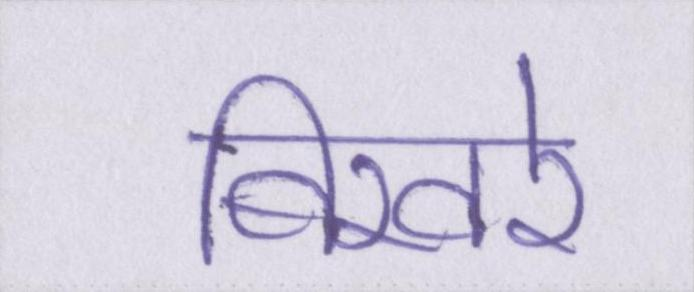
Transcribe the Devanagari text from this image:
बिखरे